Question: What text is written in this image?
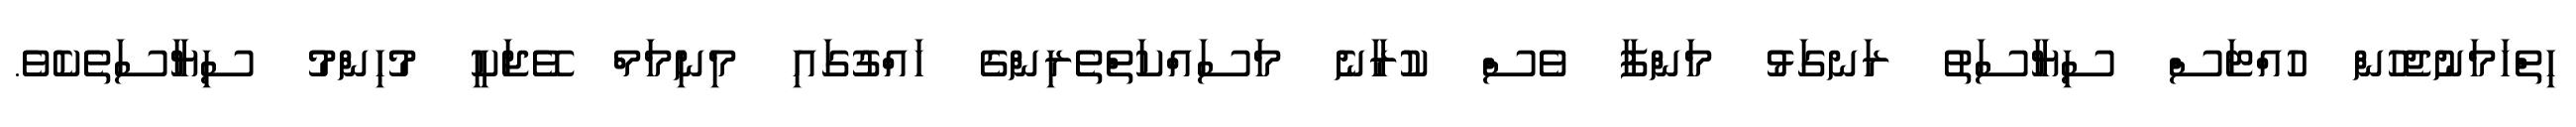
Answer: ހިތްހަމަނުޖެހުން ހުއްޓަސް ސިޔާސަތު ރަނގަޅު މަންފާ ވެސް ކުރާނެ މަސައްކަތްތެރިންގެ ހައްގުގައި މިނިމަމް ވޭޖަކީ މުހިންމު ސިޔާސަތެކެވެ.